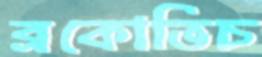
ব্রকোভিচ